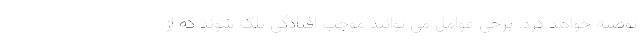
توصیه خواهد کرد. برخی عوامل می توانند موجب افتادگی پلک شوند که از